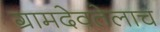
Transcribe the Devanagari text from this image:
ग्रामदेवतेलाच